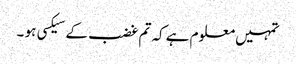
تمہیں معلوم ہے کہ تم غضب کے سیکسی ہو ۔